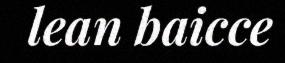
lean baicce